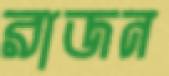
রাজন